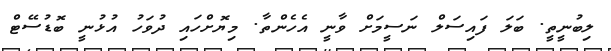
ލިބުނީތީ. ބަލަ ފައިސަލް ނަސީމަށް ވާނީ އެހެންތާ. މިޔޮށްހައި ދުވަހު އުޅުނީ ބޮޑުސޭޓް